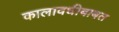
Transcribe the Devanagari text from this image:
कालावधीबाबत